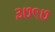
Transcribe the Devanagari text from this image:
३७९७